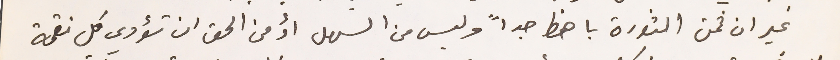
غير ان ثمن الثورة باهظ جداً وليس من السهل اّ من الحق ان تؤدي كل نقمة